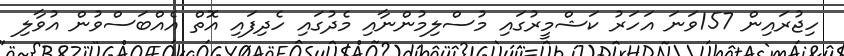
ހިޖުރައިން 157ވަނަ އަހަރު ކަޝްމީރުގައި މުސްލިމުންނާއި މެދުގައި ހެދިފައި އޮތް އެއްބަސްވުން އުވާލި